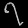
Digit: ၇